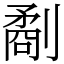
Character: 劀